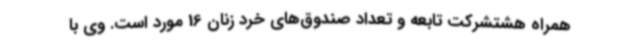
همراه هشتشرکت تابعه و تعداد صندوق‌های خرد زنان 16 مورد است. وی با